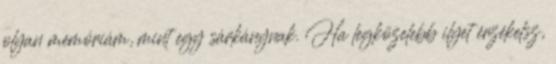
olyan memóriám, mint egy sárkánynak. Ha legközelebb ilyet érzékelsz,